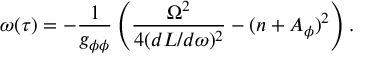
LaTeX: \omega ( \tau ) = - \frac { 1 } { g _ { \phi \phi } } \left( \frac { \Omega ^ { 2 } } { 4 ( d L / d \omega ) ^ { 2 } } - ( n + A _ { \phi } ) ^ { 2 } \right) .